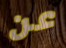
عن